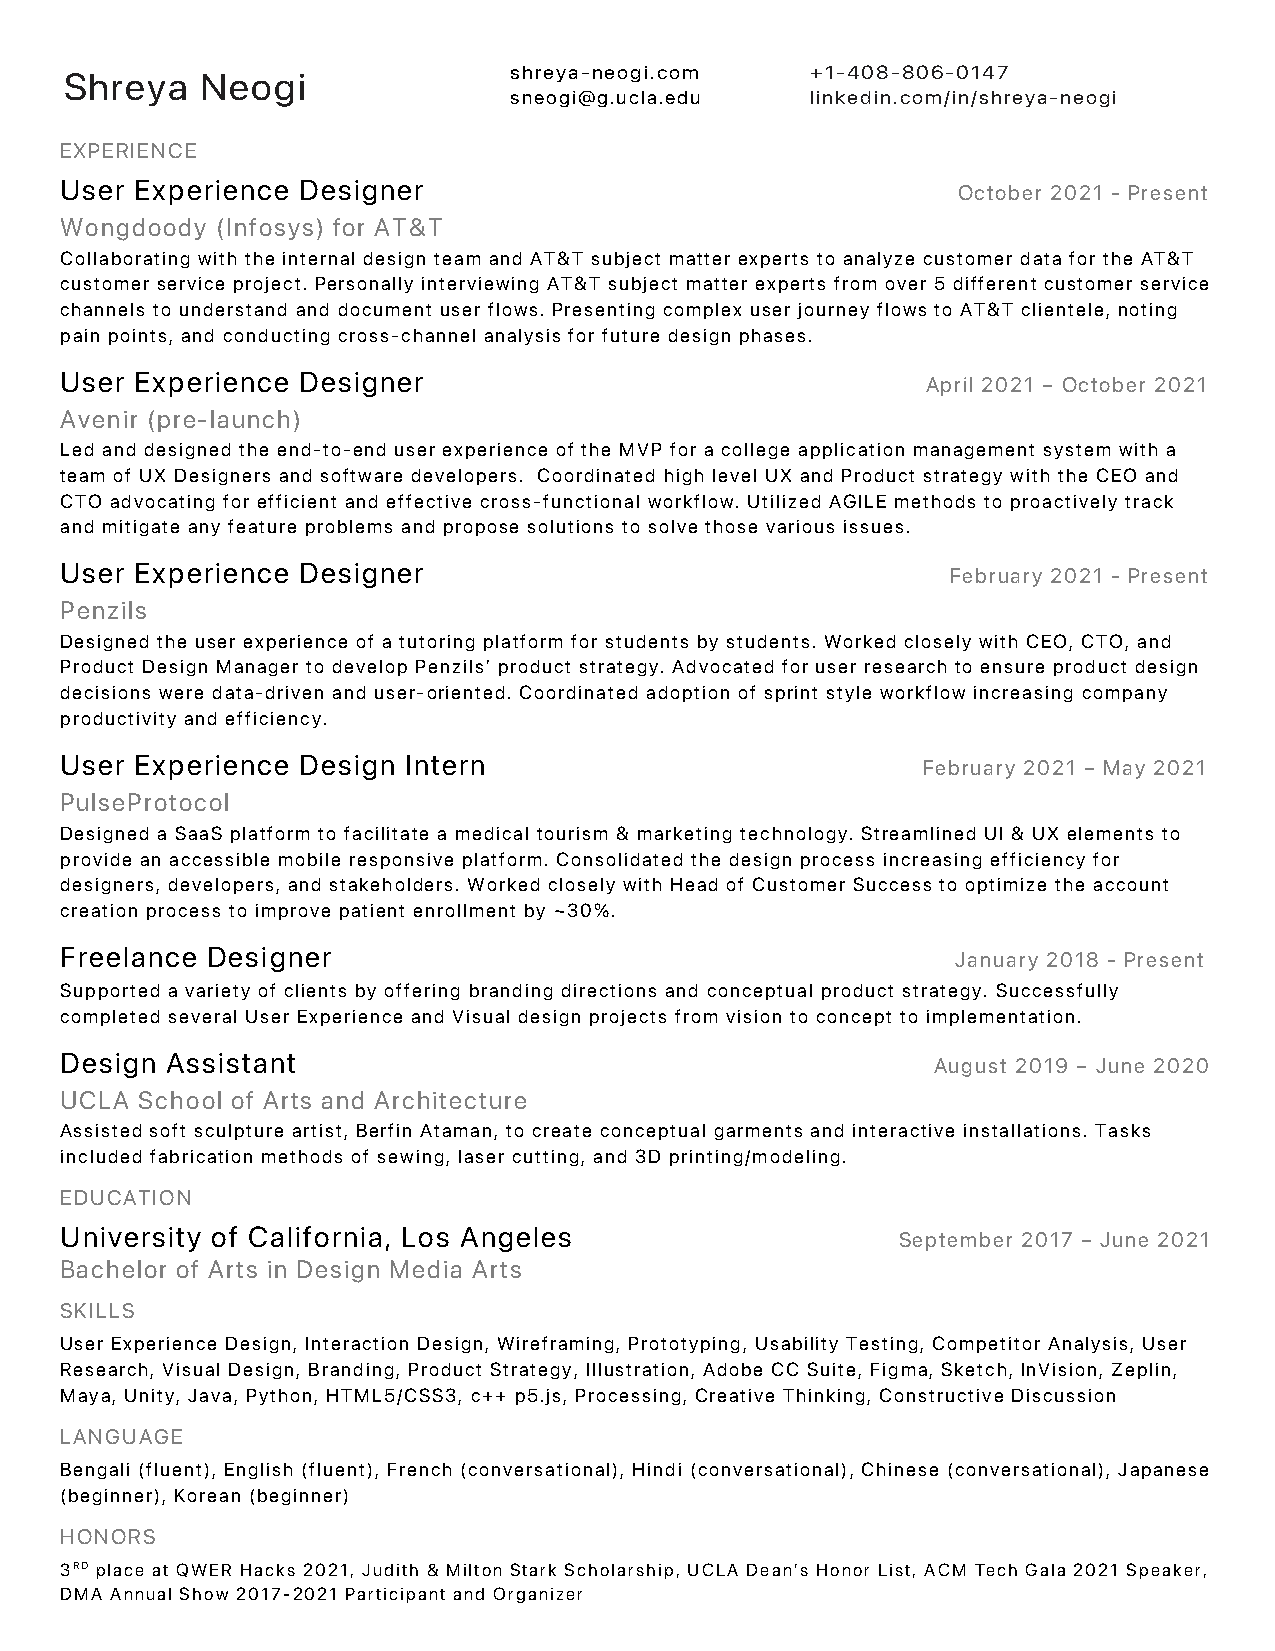
shreya-neogi.com    +1-408-806-0147
 Shreya   Neogi
 sneogi@g.ucla.edu   linkedin.com/in/shreya-neogi
 EXPERIENCE
 User Experience Designer                                   October 2021 - Present
 Wongdoody (Infosys) for AT&T
 Collaborating with the internal design team and AT&T subject matter experts to analyze customer data for the AT&T
 customer service project. Personally interviewing AT&T subject matter experts from over 5 different customer service
 channels to understand and document user flows. Presenting complex user journey flows to AT&T clientele, noting
 pain points, and conducting cross-channel analysis for future design phases.
 User Experience Designer                                 April 2021 – October 2021
 Avenir (pre-launch)
 Led and designed the end-to-end user experience of the MVP for a college application management system with a
 team of UX Designers and software developers. Coordinated high level UX and Product strategy with the CEO and
 CTO advocating for efficient and effective cross-functional workflow. Utilized AGILE methods to proactively track
 and mitigate any feature problems and propose solutions to solve those various issues.
 User Experience Designer                                   February 2021 - Present
 Penzils
 Designed the user experience of a tutoring platform for students by students. Worked closely with CEO, CTO, and
 Product Design Manager to develop Penzils’ product strategy. Advocated for user research to ensure product design
 decisions were data-driven and user-oriented. Coordinated adoption of sprint style workflow increasing company
 productivity and efficiency.
 User Experience Design Intern                            February 2021 – May 2021
 PulseProtocol
 Designed a SaaS platform to facilitate a medical tourism & marketing technology. Streamlined UI & UX elements to
 provide an accessible mobile responsive platform. Consolidated the design process increasing efficiency for
 designers, developers, and stakeholders. Worked closely with Head of Customer Success to optimize the account
 creation process to improve patient enrollment by ~30%.
 Freelance Designer                                         January 2018 - Present
 Supported a variety of clients by offering branding directions and conceptual product strategy. Successfully
 completed several User Experience and Visual design projects from vision to concept to implementation.
 Design Assistant                                          August 2019 – June 2020
 UCLA School of Arts and Architecture
 Assisted soft sculpture artist, Berfin Ataman, to create conceptual garments and interactive installations. Tasks
 included fabrication methods of sewing, laser cutting, and 3D printing/modeling.
 EDUCATION
 University of California, Los Angeles                   September 2017 – June 2021
 Bachelor of Arts in Design Media Arts
 SKILLS
 User Experience Design, Interaction Design, Wireframing, Prototyping, Usability Testing, Competitor Analysis, User
 Research, Visual Design, Branding, Product Strategy, Illustration, Adobe CC Suite, Figma, Sketch, InVision, Zeplin,
 Maya, Unity, Java, Python, HTML5/CSS3, c++ p5.js, Processing, Creative Thinking, Constructive Discussion
 LANGUAGE
 Bengali (fluent), English (fluent), French (conversational), Hindi (conversational), Chinese (conversational), Japanese
 (beginner), Korean (beginner)
 HONORS
 3RD place at QWER Hacks 2021, Judith & Milton Stark Scholarship, UCLA Dean’s Honor List, ACM Tech Gala 2021 Speaker,
 DMA Annual Show 2017-2021 Participant and Organizer